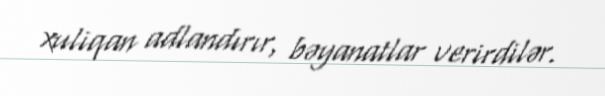
xuliqan adlandırır, bəyanatlar verirdilər.